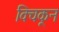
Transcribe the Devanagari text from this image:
विचकून